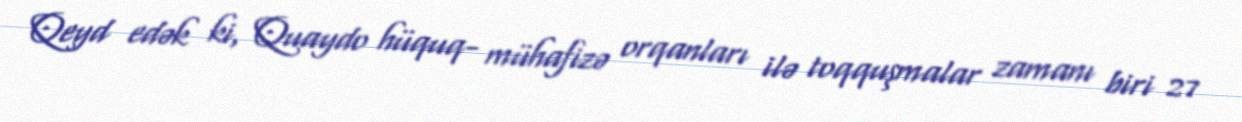
Qeyd edək ki, Quaydo hüquq- mühafizə orqanları ilə toqquşmalar zamanı biri 27